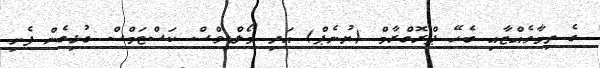
ގެ ތިމާވެއްޓާއި ބެހޭ ޕްރޮގްރާމް (ޔުނެޕް) އަދި މޯލްޑިވްސް ކަސްޓަމްސް ގުޅިގެން ފެށި